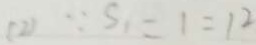
( 2 ) \because S 1 = 1 = 1 2